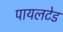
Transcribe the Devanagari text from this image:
पायलटेड